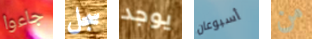
جاءوا سجل يوجد أسبوعان من